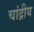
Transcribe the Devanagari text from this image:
चांद्रीय